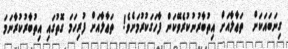
ގިނަބައަކަށް  ތަޢާލާއަށް އިތުބާރުނުކުރެވޭކަން ފާހަގަކުރުމަށެވެ!  ތަޢާލާއަށް ފުރިހަމަ ގޮތުގައި އިތުބާރުކުރާނަމަ